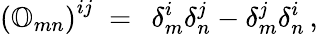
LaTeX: \left({\mathbb O}_{mn}\right)^{ij}\; =\; \, \delta_{m}^{i}\delta_{n}^{j}-\delta_{m}^{j}\delta_{n}^{i}\, ,